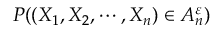
P ( ( X _ { 1 } , X _ { 2 } , \cdots , X _ { n } ) \in A _ { n } ^ { \varepsilon } )